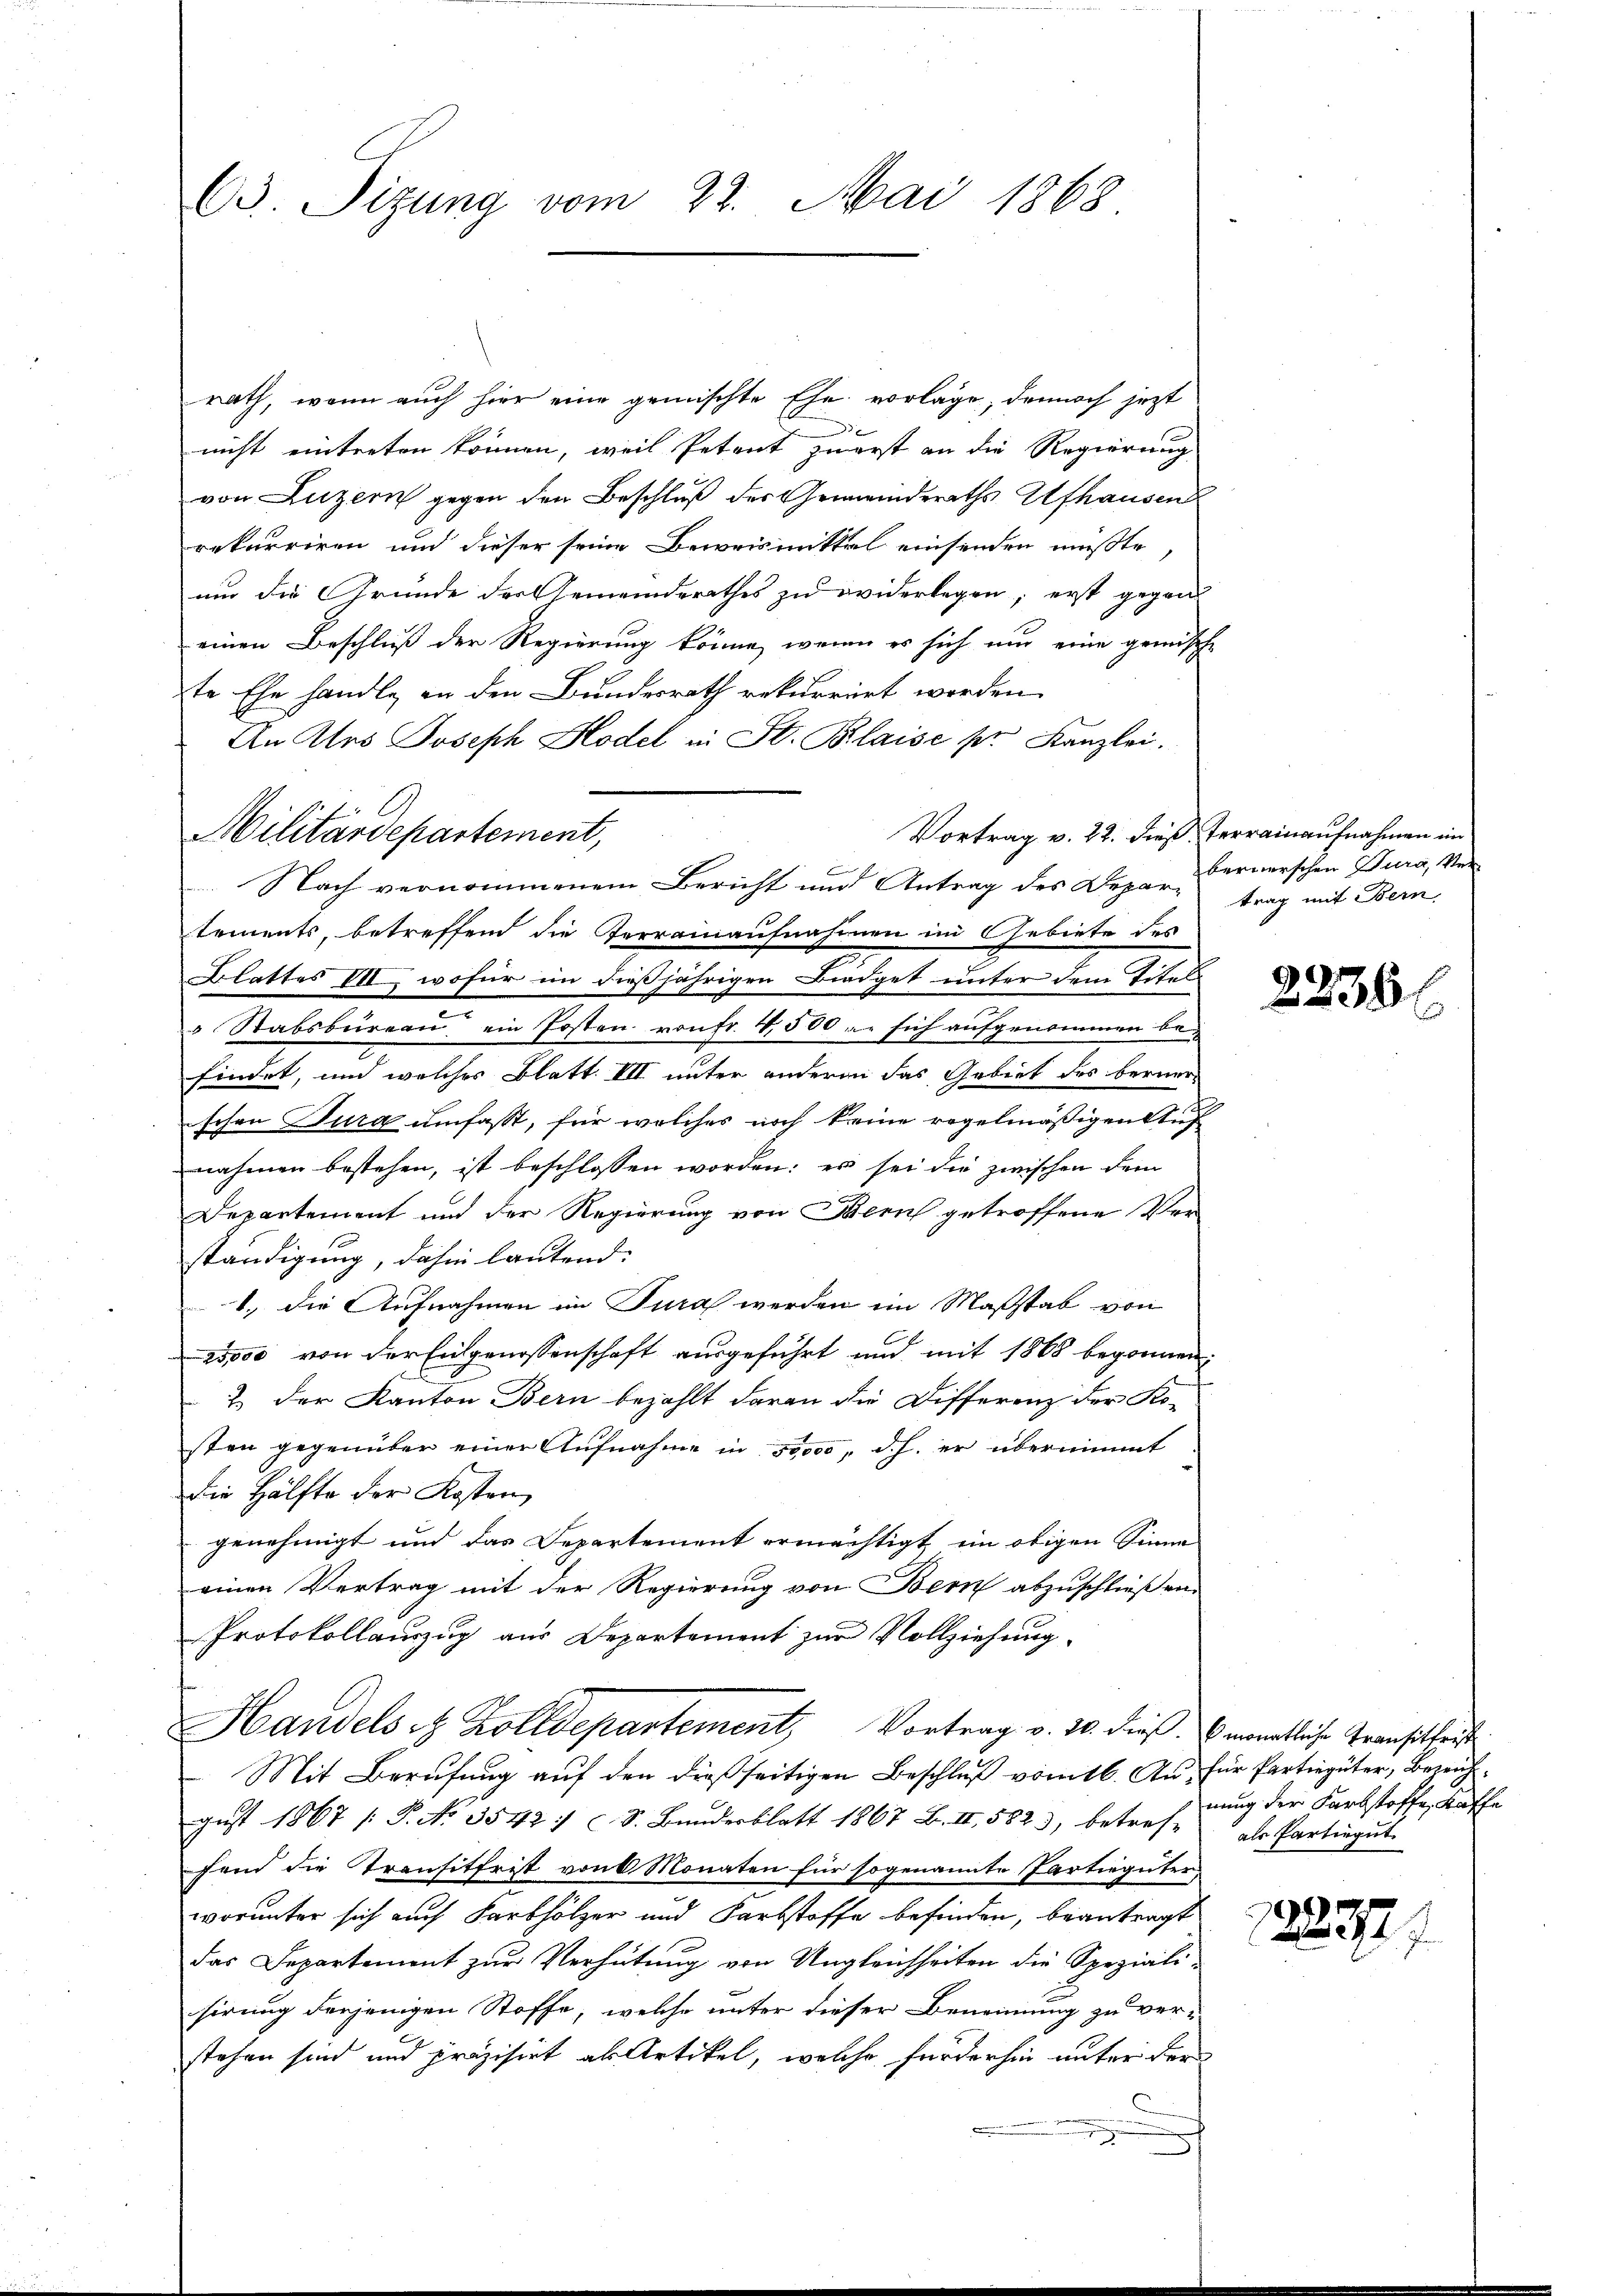
C3. Sizung vom 23. Mai 1868

rath, wenn auch hier eine gemischte Ehe vorlage, dennoch jezt

nicht eintreten können, weil Petent zuerst an die Regierung
von Luzern gegen den Beschluß des Gemeindsraths Afhausen
rekurriren und dieser seine Beweismittel einsenden mußte
um die Grunde der Gemeinderathes zu widerlegen, erst gegen
einen Beschluß der Regierung könne, wenn es sich nur eine gemische
te Ehe handle, an den Bundesrath rekurrirt worden.
An Urs Joseph Hodel in St. Blaise pr. Kanzlei.
Vortrag v. 22. dieß. Terrainaufnahmen im
tements, betreffend die Terrainaufnahmen im Gebiete des
Blattes III, wofür im dießjährigen Biedget unter dem Titel
Stabsbureau ein Posten von fr. 4500 er sich aufgenommen be-
findet, und welches Blatt. III unter andere das Gebiet des berner-
ischen Burg umfasst, für welches noch keine regelmäßigen Stuf
nahmen bestehen, ist beschlossen worden: es sei die zwischen dem
Departement und der Regierung von Zürich getroffene Verständigung, dahin lautend:
1., die Aufnahmen im Tura werden im Maßstab von
25,000 von der Eidgenossenschaft ausgeführt und mit 1868 begonnen,
2. der Kanton Bern bezahlt daran die Differenz der Ko-
sten gegenüber einer Aufnahme in 50000, d.h. er übernimmt
Die Hälfte der Kosten,
genehmigt und das Departement ermächtigt, in obigen Sinne
einen Vertrag mit der Regierung von Bern abzuschließen.
Protokollauszug aus Departement zur Vollziehung.
Handels in Zolldepartement, Vortrag v. 10. dieß. monatliche Transitteis
Mit Berufung auf den dießseitigen Beschluß vom 16. Au, für Partiengüter, Bezeichgust 1867 /: P. No 3542) S. Bundesblatt 1867 B. III, 5823, betreff
fein die Transitfrist von 6 Monaten für sogenannte Partiegüter
worunter sich auch Farbhölzer und Farbstoffe befinden, beantragt
das Departement zur Verhütung von Ungleichheiten die Speziali-
sirung derjenigen Stoffe, welche unter dieser Benennung zu ver-
stehen sind und präzisirt als Artikel, welche fürderhin unter der

.
Militärdepartement,

Nach vernommenem Bericht und Antrag des Depar¬

bernerschen Tura, Ver
trag mit Bern

2236.

nung der Farbstoffe, Kaffe
als Partirgut.

1283